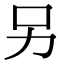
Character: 另